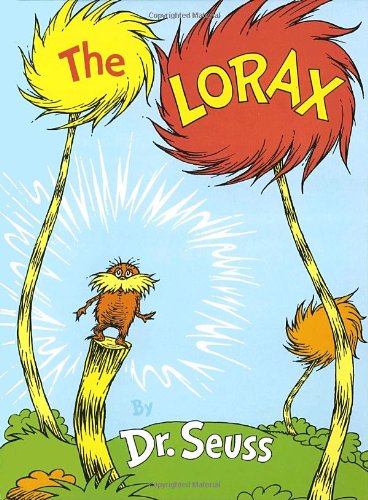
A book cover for The Lorax (Classic Seuss); Dr. Seuss; Children's Books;